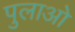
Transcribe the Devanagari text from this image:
पुलाओ